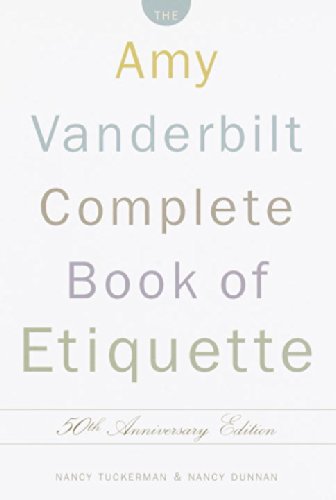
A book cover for The Amy Vanderbilt Complete Book of Etiquette, 50th Anniversay Edition; Nancy Tuckerman; Reference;